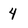
Character: 4